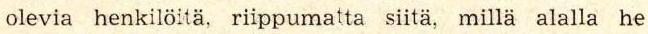
olevia henkilöitä, riippumatta siitä, millä alalla he